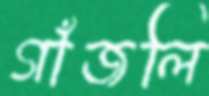
গাঁজলি